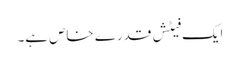
ایک فیٹش قدرے خاص ہے۔